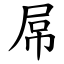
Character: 屌